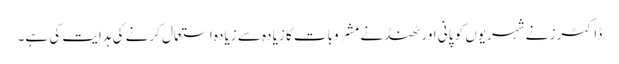
ڈاکٹرز نے شہریوں کو پانی اور ٹھنڈنے مشروبات کا زیادہ سے زیادہ استعمال کرنے کی ہدایت کی ہے۔